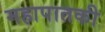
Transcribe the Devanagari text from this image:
महापातकी